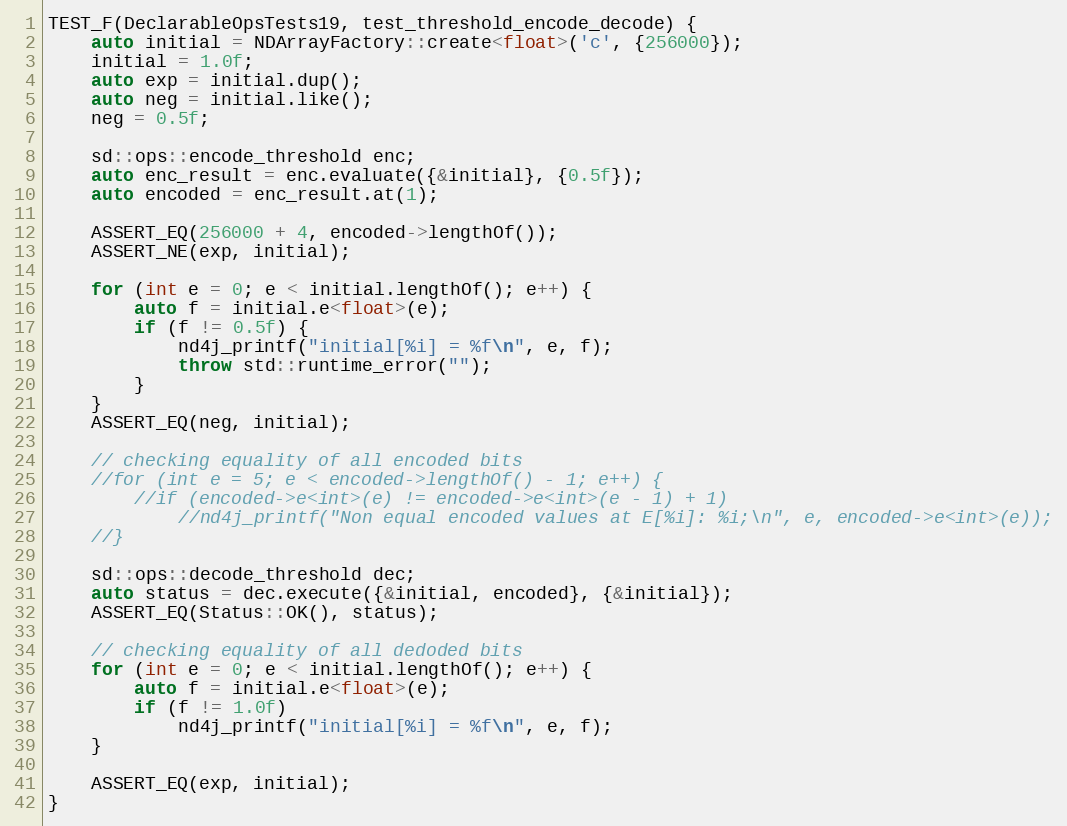
Language: C++
TEST_F(DeclarableOpsTests19, test_threshold_encode_decode) {
    auto initial = NDArrayFactory::create<float>('c', {256000});
    initial = 1.0f;
    auto exp = initial.dup();
    auto neg = initial.like();
    neg = 0.5f;

    sd::ops::encode_threshold enc;
    auto enc_result = enc.evaluate({&initial}, {0.5f});
    auto encoded = enc_result.at(1);

    ASSERT_EQ(256000 + 4, encoded->lengthOf());
    ASSERT_NE(exp, initial);

    for (int e = 0; e < initial.lengthOf(); e++) {
        auto f = initial.e<float>(e);
        if (f != 0.5f) {
            nd4j_printf("initial[%i] = %f\n", e, f);
            throw std::runtime_error("");
        }
    }
    ASSERT_EQ(neg, initial);

    // checking equality of all encoded bits
    //for (int e = 5; e < encoded->lengthOf() - 1; e++) {
        //if (encoded->e<int>(e) != encoded->e<int>(e - 1) + 1)
            //nd4j_printf("Non equal encoded values at E[%i]: %i;\n", e, encoded->e<int>(e));
    //}

    sd::ops::decode_threshold dec;
    auto status = dec.execute({&initial, encoded}, {&initial});
    ASSERT_EQ(Status::OK(), status);

    // checking equality of all dedoded bits
    for (int e = 0; e < initial.lengthOf(); e++) {
        auto f = initial.e<float>(e);
        if (f != 1.0f)
            nd4j_printf("initial[%i] = %f\n", e, f);
    }

    ASSERT_EQ(exp, initial);
}